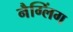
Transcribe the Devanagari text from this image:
नैग्लिंग